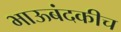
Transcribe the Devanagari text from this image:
भाऊबंदकीच